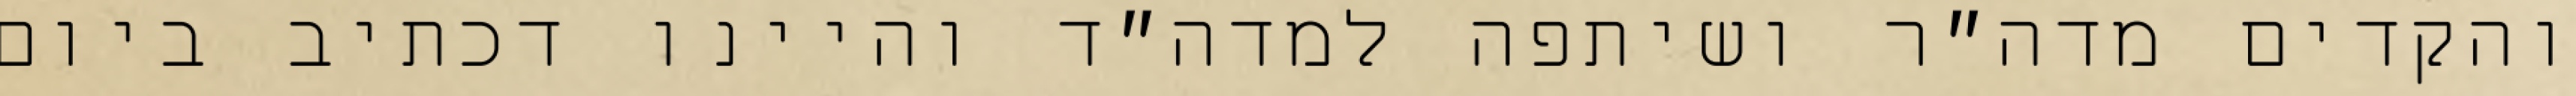
והקדים מדה״ר ושיתפה למדה״ד והיינו דכתיב ביום